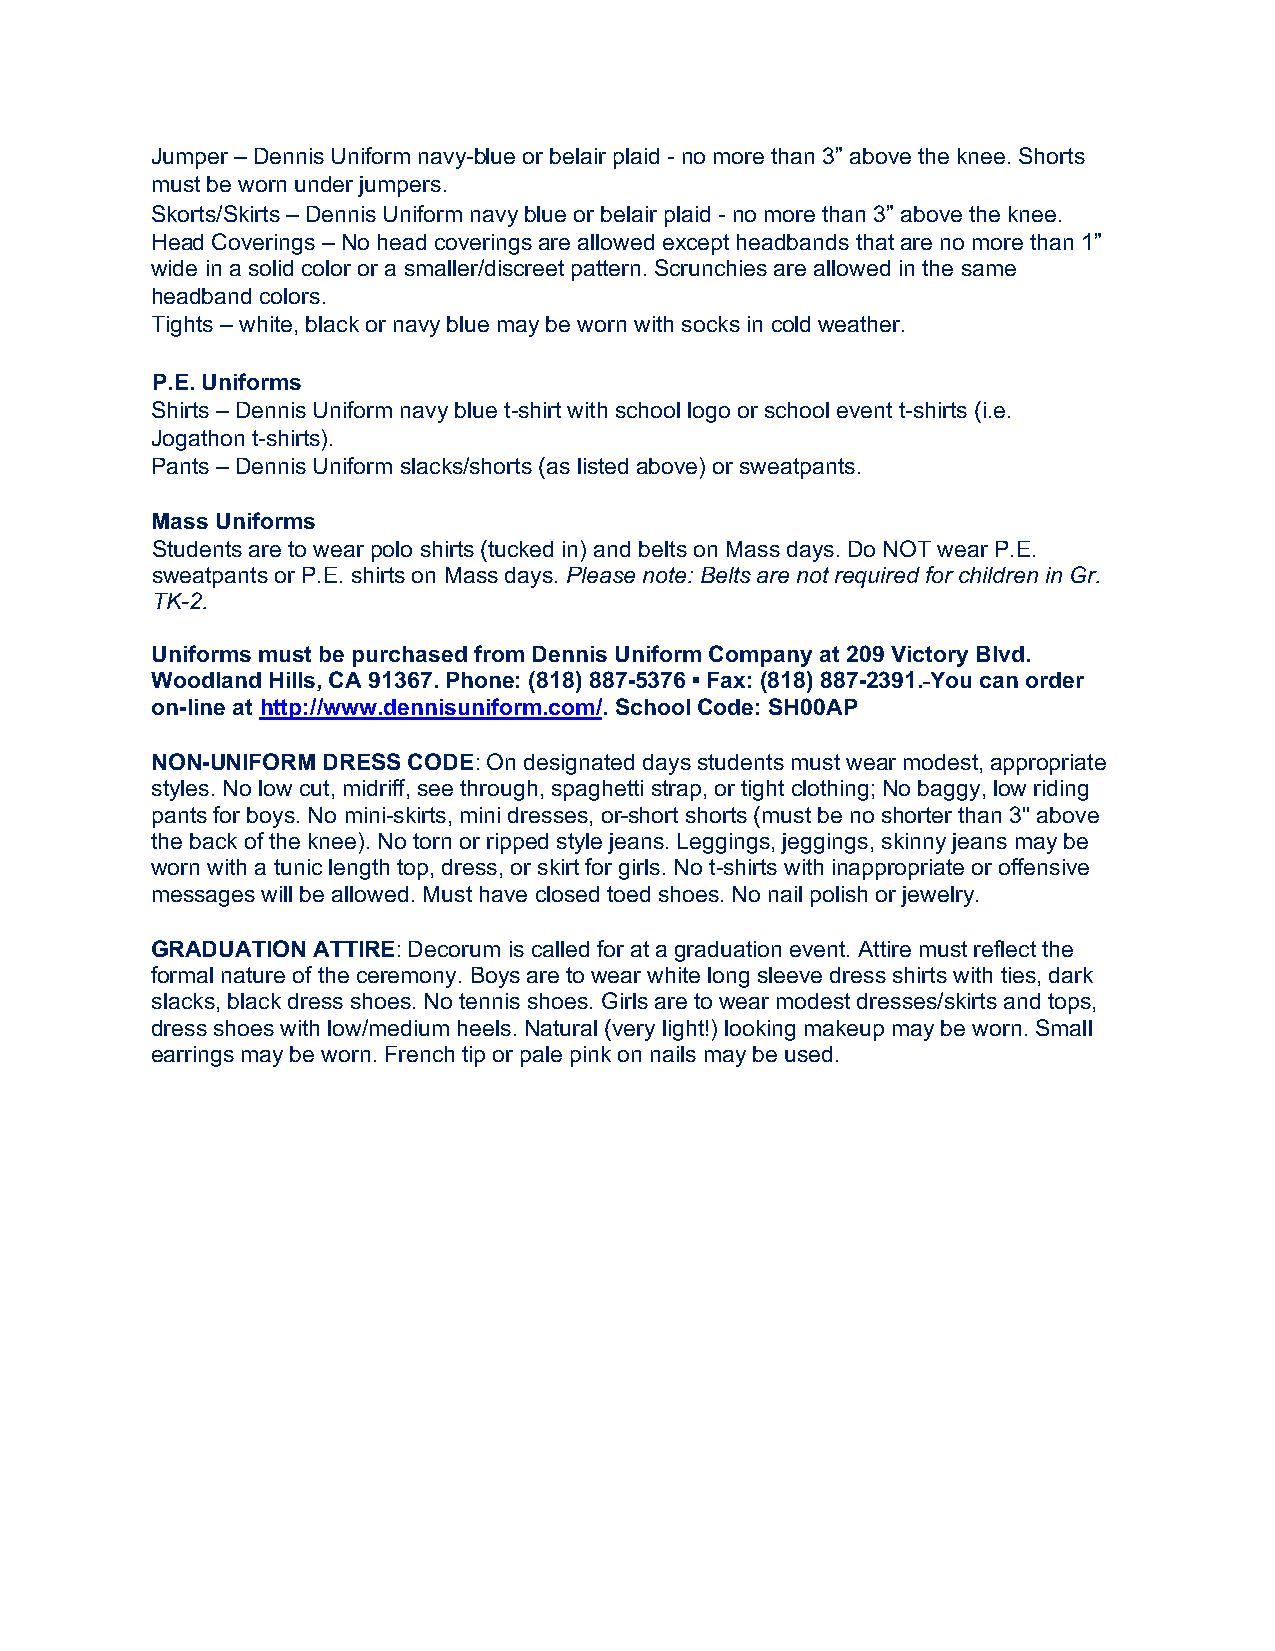
Jumper – Dennis Uniform navy-blue or belair plaid - no more than 3” above the knee. Shorts
 must be worn under jumpers.
 Skorts/Skirts – Dennis Uniform navy blue or belair plaid - no more than 3” above the knee.
 Head Coverings – No head coverings are allowed except headbands that are no more than 1”
 wide in a solid color or a smaller/discreet pattern. Scrunchies are allowed in the same
 headband colors.
 Tights – white, black or navy blue may be worn with socks in cold weather.
 P.E. Uniforms
 Shirts – Dennis Uniform navy blue t-shirt with school logo or school event t-shirts (i.e.
 Jogathon t-shirts).
 Pants – Dennis Uniform slacks/shorts (as listed above) or sweatpants.
 Mass Uniforms
 Students are to wear polo shirts (tucked in) and belts on Mass days. Do NOT wear P.E.
 sweatpants or P.E. shirts on Mass days. Please note: Belts are not required for children in Gr.
 TK-2.
 Uniforms must be purchased from Dennis Uniform Company at 209 Victory Blvd.
 Woodland Hills, CA 91367. Phone: (818) 887-5376 ▪ Fax: (818) 887-2391. You can order
 on-line at http://www.dennisuniform.com/. School Code: SH00AP
 NON-UNIFORM DRESS CODE: On designated days students must wear modest, appropriate
 styles. No low cut, midriff, see through, spaghetti strap, or tight clothing; No baggy, low riding
 pants for boys. No mini-skirts, mini dresses, or short shorts (must be no shorter than 3" above
 the back of the knee). No torn or ripped style jeans. Leggings, jeggings, skinny jeans may be
 worn with a tunic length top, dress, or skirt for girls. No t-shirts with inappropriate or offensive
 messages will be allowed. Must have closed toed shoes. No nail polish or jewelry.
 GRADUATION ATTIRE: Decorum is called for at a graduation event. Attire must reflect the
 formal nature of the ceremony. Boys are to wear white long sleeve dress shirts with ties, dark
 slacks, black dress shoes. No tennis shoes. Girls are to wear modest dresses/skirts and tops,
 dress shoes with low/medium heels. Natural (very light!) looking makeup may be worn. Small
 earrings may be worn. French tip or pale pink on nails may be used.